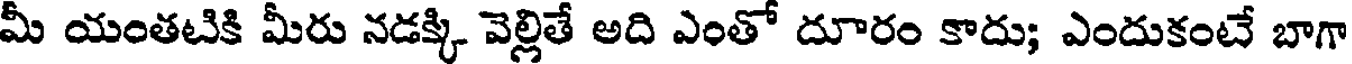
మీ యంతటికి మీరు నడక్కి వెల్లితే అది ఎంతో దూరం కాదు; ఎందుకంటే బాగా